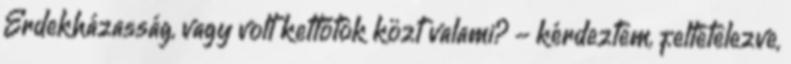
Érdekházasság, vagy volt kettőtök közt valami? - kérdeztem, feltételezve,